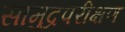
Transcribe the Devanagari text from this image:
सामुद्रपरीक्षण